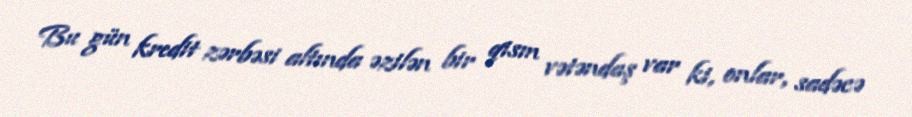
Bu gün kredit zərbəsi altında əzilən bir qism vətəndaş var ki, onlar, sadəcə